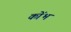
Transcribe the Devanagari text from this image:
कोंभ